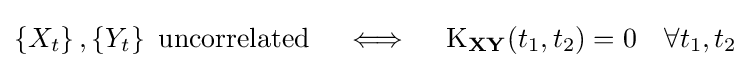
\left\{X_{t}\right\},\left\{Y_{t}\right\}{\text{ uncorrelated}}\quad \iff \quad \operatorname {K} _{\mathbf {X} \mathbf {Y} }(t_{1},t_{2})=0\quad \forall t_{1},t_{2}